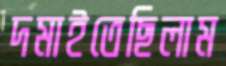
দমাইতেছিলাম